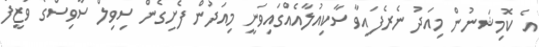
އެ ކޮމިޝަނުން މިއަދު ނެރެފައިވާ ސާކިއުލާއެއްގައިވަނީ މިއަދުން ފެށިގެން ސިވިލް ސާވިސްގެ ވަޒީފާ